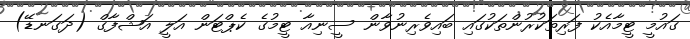
ގައުމީ ޓީމާއެކު ފަރިތަކުރުންތަކުގައި ބައިވެރިނުވާން ސީނިއާ ޓީމުގެ ކެޕްޓަން އަލީ އަޝްފާގް (ދަގަނޑޭ)